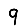
Digit: 9